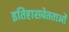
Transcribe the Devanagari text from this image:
इतिहासवेतताओं